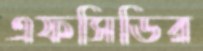
এফসিডির